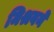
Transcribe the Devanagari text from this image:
मिश्रवने